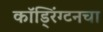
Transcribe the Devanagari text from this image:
कॉड्रिंग्टनचा